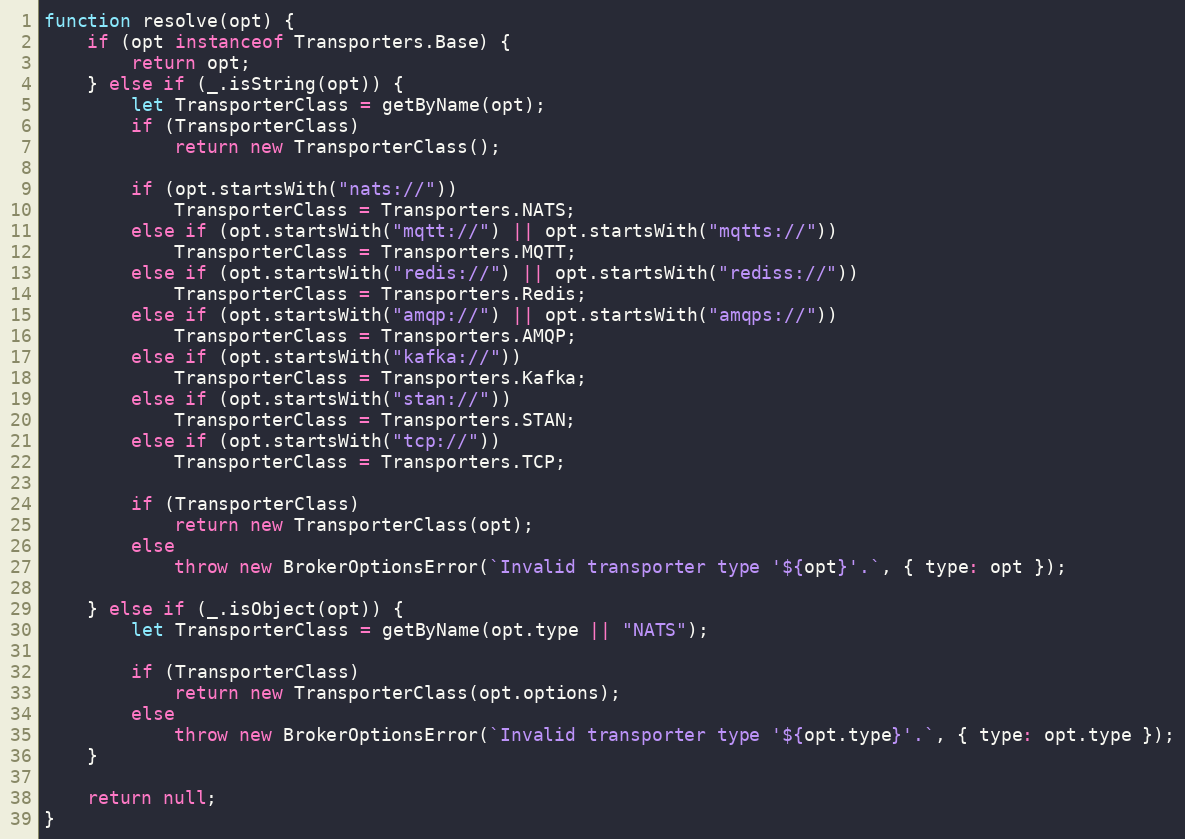
Language: JavaScript
function resolve(opt) {
	if (opt instanceof Transporters.Base) {
		return opt;
	} else if (_.isString(opt)) {
		let TransporterClass = getByName(opt);
		if (TransporterClass)
			return new TransporterClass();

		if (opt.startsWith("nats://"))
			TransporterClass = Transporters.NATS;
		else if (opt.startsWith("mqtt://") || opt.startsWith("mqtts://"))
			TransporterClass = Transporters.MQTT;
		else if (opt.startsWith("redis://") || opt.startsWith("rediss://"))
			TransporterClass = Transporters.Redis;
		else if (opt.startsWith("amqp://") || opt.startsWith("amqps://"))
			TransporterClass = Transporters.AMQP;
		else if (opt.startsWith("kafka://"))
			TransporterClass = Transporters.Kafka;
		else if (opt.startsWith("stan://"))
			TransporterClass = Transporters.STAN;
		else if (opt.startsWith("tcp://"))
			TransporterClass = Transporters.TCP;

		if (TransporterClass)
			return new TransporterClass(opt);
		else
			throw new BrokerOptionsError(`Invalid transporter type '${opt}'.`, { type: opt });

	} else if (_.isObject(opt)) {
		let TransporterClass = getByName(opt.type || "NATS");

		if (TransporterClass)
			return new TransporterClass(opt.options);
		else
			throw new BrokerOptionsError(`Invalid transporter type '${opt.type}'.`, { type: opt.type });
	}

	return null;
}